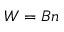
W = B n